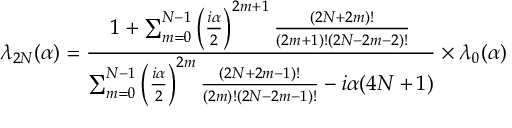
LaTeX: \lambda _ { 2 N } ( \alpha ) = { \frac { 1 + \sum _ { m = 0 } ^ { N - 1 } \left( { \frac { i \alpha } { 2 } } \right) ^ { 2 m + 1 } { \frac { ( 2 N + 2 m ) ! } { ( 2 m + 1 ) ! ( 2 N - 2 m - 2 ) ! } } } { \sum _ { m = 0 } ^ { N - 1 } \left( { \frac { i \alpha } { 2 } } \right) ^ { 2 m } { \frac { ( 2 N + 2 m - 1 ) ! } { ( 2 m ) ! ( 2 N - 2 m - 1 ) ! } } - i \alpha ( 4 N + 1 ) } } \times \lambda _ { 0 } ( \alpha )